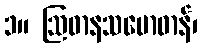
၁။ ဩဓာနသမောဓာန်၊